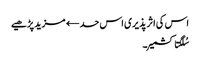
اس کی اثر پذیری اس حد← مزید پڑھیے
سُلگتا کشمیر۔